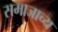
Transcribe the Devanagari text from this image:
समाजाच्य